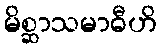
မိစ္ဆာသမာဓီဟိ